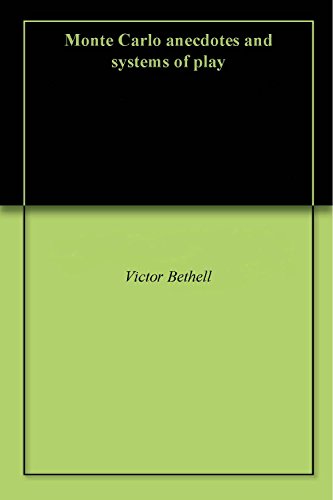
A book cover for Monte Carlo anecdotes and systems of play; Victor Bethell; Travel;